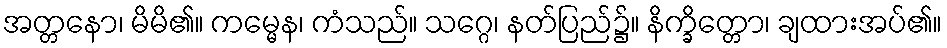
အတ္တနော၊ မိမိ၏။ ကမ္မေန၊ ကံသည်။ သဂ္ဂေ၊ နတ်ပြည်၌။ နိက္ခိတ္တော၊ ချထားအပ်၏။